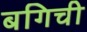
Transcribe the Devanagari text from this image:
बगिची